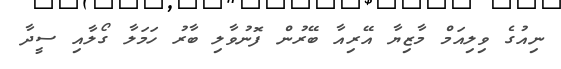
ނިއުގެ ވިލިއަމް މާޒިޔާ އޭރިއާ ބޭރުން ފޮނުވާލި ބާރު ހަމަލާ ގޯލާއި ސީދާ